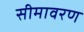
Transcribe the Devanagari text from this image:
सीमावरण